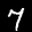
Label: 7